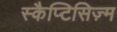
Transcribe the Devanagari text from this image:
स्कैप्टिसिज़्म